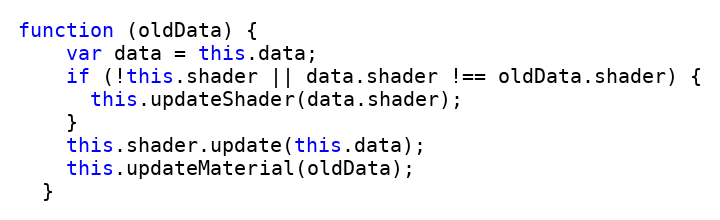
Language: JavaScript
function (oldData) {
    var data = this.data;
    if (!this.shader || data.shader !== oldData.shader) {
      this.updateShader(data.shader);
    }
    this.shader.update(this.data);
    this.updateMaterial(oldData);
  }